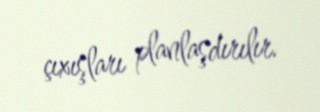
çıxışları planlaşdırılır.